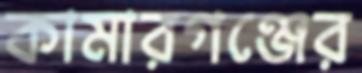
কামারগঞ্জের